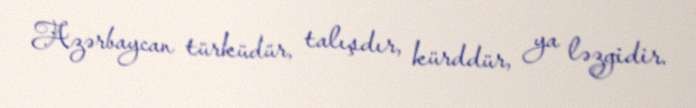
Azərbaycan türküdür, talışdır, kürddür, ya ləzgidir.